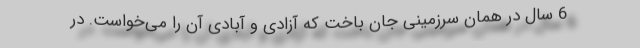
6 سال در همان سرزمینی جان باخت که آزادی و آبادی آن را می‌خواست. در